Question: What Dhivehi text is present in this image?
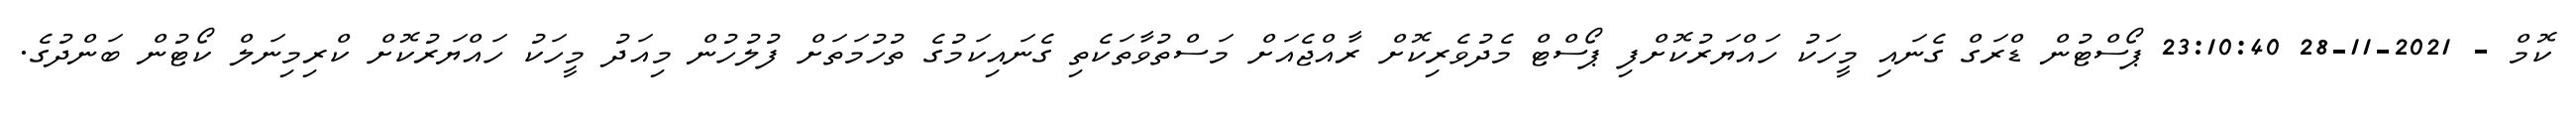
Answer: ކޮމް - 2021-11-28 23:10:40 ޕޯސްޓުން ޑްރަގް ގެނައި މީހަކު ހައްޔަރުކޮށްފި ޕޯސްޓް މެދުވެރިކޮށް ރާއްޖެއަށް މަސްތުވާތަކެތި ގެނައިކަމުގެ ތުހުމަތަށް ފުލުހުން މިއަދު މީހަކު ހައްޔަރުކޮށް ކްރިމިނަލް ކޯޓުން ބަންދުގެ.